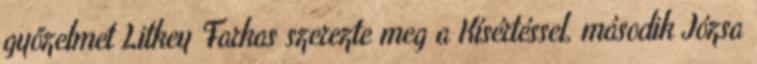
győzelmet Litkey Farkas szerezte meg a Kísértéssel, második Józsa